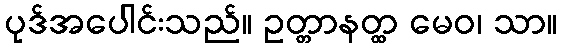
ပုဒ်အပေါင်းသည်။ ဥတ္တာနတ္ထ မေဝ၊ သာ။